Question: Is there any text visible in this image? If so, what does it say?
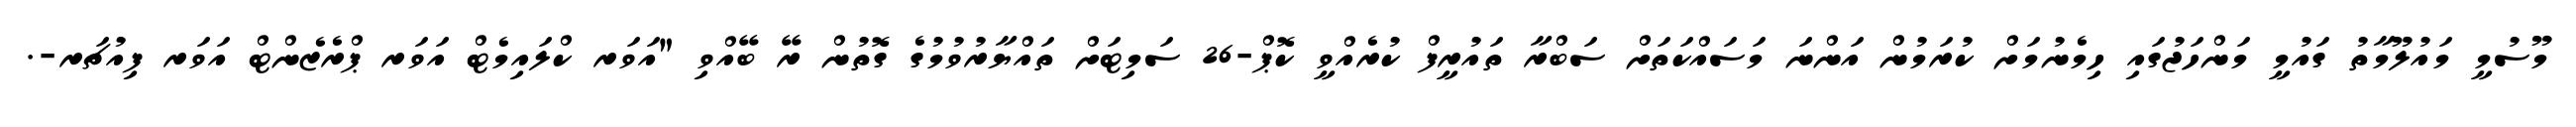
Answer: މޫސުމީ މައުލޫމާތު ގައުމީ މަންހަޖުގައި ހިމެނުމަށް ކުރަމުން އަންނަ މަސައްކަތަށް ސަބްރާ ތައުރީފް ކުރެއްވީ ކޮޕް-26 ސަމިޓަށް ތައްޔާރުވުމުގެ ގޮތުން ރޭ ބޭއްވި "އަވަރ ކްލައިމެޓް އަވަރ ޕްރެޒެންޓް އަވަރ ފިއުޗަރ-.